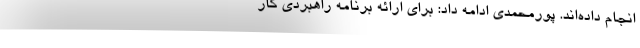
انجام داده‌اند. پورمحمدی ادامه داد: برای ارائه برنامه راهبردی کار